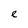
Character: e